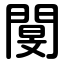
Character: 閺